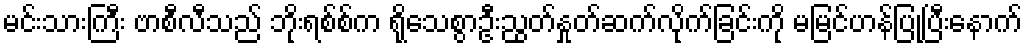
မင်းသားကြီး ဗာစီလီသည် ဘိုးရစ်စ်က ရိုသေစွာဦးညွတ်နှုတ်ဆက်လိုက်ခြင်းကို မမြင်ဟန်ပြုပြီးနောက်